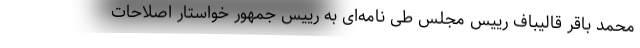
محمد باقر قالیباف رییس مجلس طی نامه‌ای به رییس جمهور خواستار اصلاحات